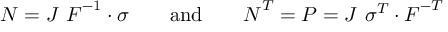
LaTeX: { \boldsymbol { N } } = J ~ { \boldsymbol { F } } ^ { - 1 } \cdot { \boldsymbol { \sigma } } \qquad { \mathrm { a n d } } \qquad { \boldsymbol { N } } ^ { T } = { \boldsymbol { P } } = J ~ { \boldsymbol { \sigma } } ^ { T } \cdot { \boldsymbol { F } } ^ { - T }